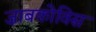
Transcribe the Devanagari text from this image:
ज़ाबकोविस